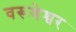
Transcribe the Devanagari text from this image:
वरूणेश्वर